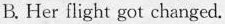
B. Her flight got changed.